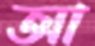
আ